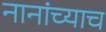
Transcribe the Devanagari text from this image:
नानांच्याच